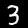
Digit: 3